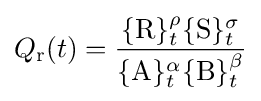
Q_{\text{r}}(t)={\frac {\{\mathrm {R} \}_{t}^{\rho }\{\mathrm {S} \}_{t}^{\sigma }}{\{\mathrm {A} \}_{t}^{\alpha }\{\mathrm {B} \}_{t}^{\beta }}}